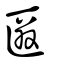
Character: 匴